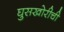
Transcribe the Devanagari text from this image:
घुसखोरीची